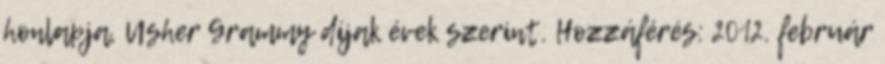
honlapja, Usher Grammy díjak évek szerint. Hozzáférés: 2012. február